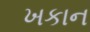
ખકાન